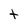
Character: t